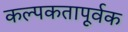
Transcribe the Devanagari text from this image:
कल्पकतापूर्वक